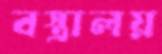
বস্ত্রালয়